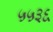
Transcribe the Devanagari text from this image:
५५३६